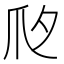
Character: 𤓵